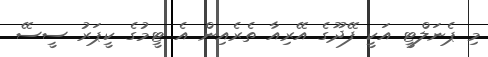
މި ޕެނަލްޓީ އަކީ ފޭދޫގެ އޭރިއާ ތެރެއިން އެ ޓީމުގެ ކީޕަރު ސީސޭ